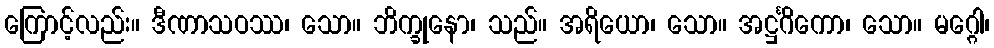
ကြောင့်လည်း။ ဒီဏာသဝဿ၊ သော။ ဘိက္ခုနော၊ သည်။ အရိယော၊ သော။ အဋ္ဌင်္ဂိကော၊ သော။ မဂ္ဂေါ၊